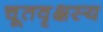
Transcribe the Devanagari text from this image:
चूतवृक्षस्य